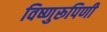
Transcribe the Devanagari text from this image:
विष्णुरूपिणी